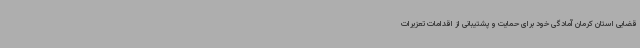
قضایی استان کرمان آمادگی خود برای حمایت و پشتیبانی از اقدامات تعزیرات